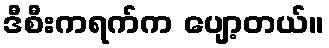
ဒီစီးကရက်က ပျော့တယ်။